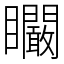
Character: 矙